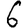
Digit: 6